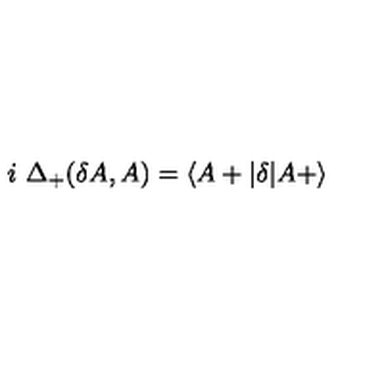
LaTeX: i \ \Delta _ { + } ( \delta A , A ) = \langle A + \vert \delta \vert A + \rangle